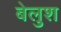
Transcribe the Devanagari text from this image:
बेलुश